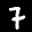
Label: 7